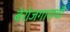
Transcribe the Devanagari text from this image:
बेरोजगाराची